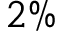
2 \%